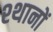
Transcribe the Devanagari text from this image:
श्थानों